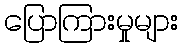
ပြောကြားမှုများ